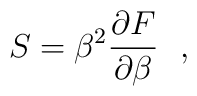
S=\beta^2 {\partial F \over \partial \beta}~~,~~